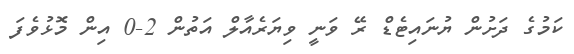
ކަމުގެ ދަށުން ޔުނައިޓެޑް ރޭ ވަނީ ވިޔަރެއާލް އަތުން 2-0 އިން މޮޅުވެފަ